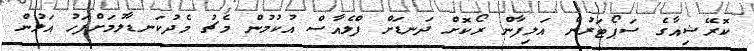
ކޮރޭޝިއާގެ ސަޕޯޓަރުން އަލިފާން ރޯކޮށް ދަނޑަށް ފްލެއާސް އުކުމުން މެޗު މެދުކަނޑާލުމަށްފަހު އަލުން